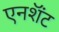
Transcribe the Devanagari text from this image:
एनशॅंट